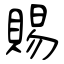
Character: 賜